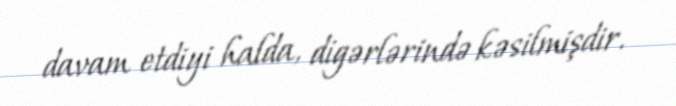
davam etdiyi halda, digərlərində kəsilmişdir.